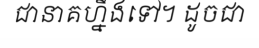
ជានាគហ្នឹងទៅ។ ដូចជា